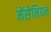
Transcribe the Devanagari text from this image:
मेंसेनियन